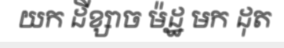
យក ដីខ្សាច ម៉ដ្ឋ មក ដុត